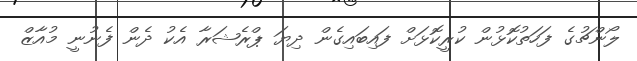
ލޯންޗުގެ ފަހަތުކޮޅުން ކުރީކޮޅަށް ފައިބައިގެން ދިޔަ ޕްރެޝަރާ އެކު ދެން ފެނުނީ މުއާޒް